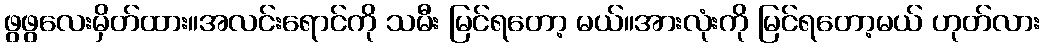
ဖွဖွလေးမှိတ်ထား။အလင်းရောင်ကို သမီး မြင်ရတော့ မယ်။အားလုံးကို မြင်ရတော့မယ် ဟုတ်လား